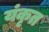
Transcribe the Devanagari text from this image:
यंकृत